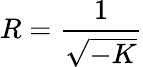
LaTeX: R={\frac{1}{\sqrt{-K}}}